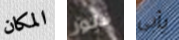
المكان فلور يأبى